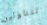
تتناولين